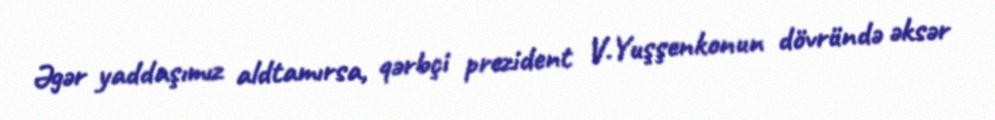
Əgər yaddaşımız aldtamırsa, qərbçi prezident V.Yuşşenkonun dövründə əksər